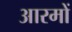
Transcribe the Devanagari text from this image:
आरमों